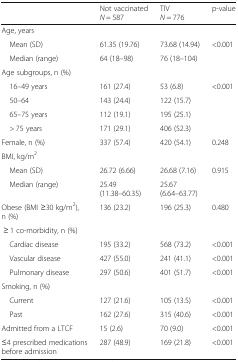
<table><thead><tr><td></td><td><b>Not vaccinated<i>N</i> = 587</b></td><td><b>TIV<i>N</i> = 776</b></td><td><b>p-value</b></td></tr></thead><tbody><tr><td colspan="4">Age, years</td></tr><tr><td> Mean (SD)</td><td>61.35 (19.76)</td><td>73.68 (14.94)</td><td>&lt;0.001</td></tr><tr><td> Median (range)</td><td>64 (18–98)</td><td>76 (18–104)</td><td></td></tr><tr><td colspan="4">Age subgroups, n (%)</td></tr><tr><td> 16–49 years</td><td>161 (27.4)</td><td>53 (6.8)</td><td>&lt;0.001</td></tr><tr><td> 50–64</td><td>143 (24.4)</td><td>122 (15.7)</td><td></td></tr><tr><td> 65–75 years</td><td>112 (19.1)</td><td>195 (25.1)</td><td></td></tr><tr><td> &gt; 75 years</td><td>171 (29.1)</td><td>406 (52.3)</td><td></td></tr><tr><td>Female, n (%)</td><td>337 (57.4)</td><td>420 (54.1)</td><td>0.248</td></tr><tr><td colspan="4">BMI, kg/m<sup>2</sup></td></tr><tr><td> Mean (SD)</td><td>26.72 (6.66)</td><td>26.68 (7.16)</td><td>0.915</td></tr><tr><td> Median (range)</td><td>25.49 (11.38–60.35)</td><td>25.67 (6.64–63.77)</td><td></td></tr><tr><td>Obese (BMI ≥30 kg/m<sup>2</sup>), n (%)</td><td>136 (23.2)</td><td>196 (25.3)</td><td>0.480</td></tr><tr><td colspan="4"> ≥ 1 co-morbidity, n (%)</td></tr><tr><td> Cardiac disease</td><td>195 (33.2)</td><td>568 (73.2)</td><td>&lt;0.001</td></tr><tr><td> Vascular disease</td><td>427 (55.0)</td><td>241 (41.1)</td><td>&lt;0.001</td></tr><tr><td> Pulmonary disease</td><td>297 (50.6)</td><td>401 (51.7)</td><td>&lt;0.001</td></tr><tr><td colspan="4">Smoking, n (%)</td></tr><tr><td> Current</td><td>127 (21.6)</td><td>105 (13.5)</td><td>&lt;0.001</td></tr><tr><td> Past</td><td>162 (27.6)</td><td>315 (40.6)</td><td>&lt;0.001</td></tr><tr><td>Admitted from a LTCF</td><td>15 (2.6)</td><td>70 (9.0)</td><td>&lt;0.001</td></tr><tr><td>≤4 prescribed medications before admission</td><td>287 (48.9)</td><td>169 (21.8)</td><td>&lt;0.001</td></tr></tbody></table>